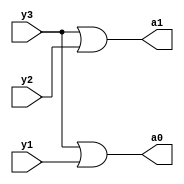
module encoder(output a0,a1, input y3,y2,y1);

    or(a1,y3,y2);
    or(a0,y3,y1);

endmodule